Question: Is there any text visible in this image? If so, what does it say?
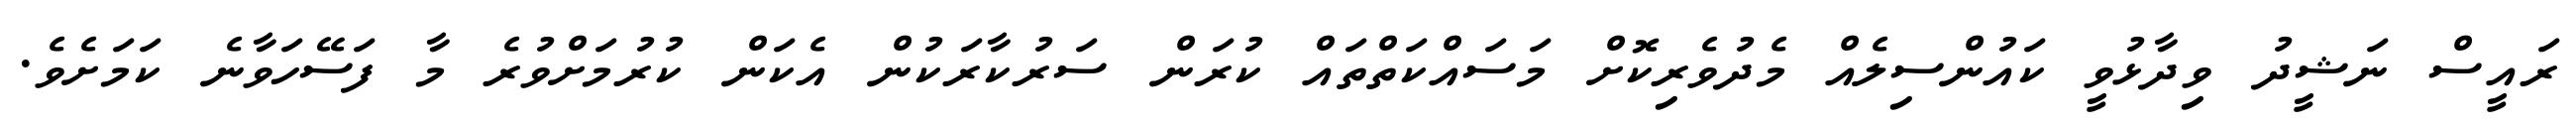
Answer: ރައީސް ނަޝީދު ވިދާޅުވީ ކައުންސިލެއް މެދުވެރިކޮށް މަސައްކަތްތައް ކުރަން ސަރުކާރަކުން އެކަން ކުރުމަށްވުރެ މާ ފަސޭހަވާނެ ކަމަށެވެ.